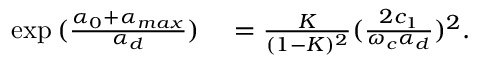
\begin{array} { r l } { \exp { ( \frac { \alpha _ { 0 } + \alpha _ { m a x } } { \alpha _ { d } } ) } } & { { } = \frac { K } { ( 1 - K ) ^ { 2 } } ( \frac { 2 c _ { 1 } } { \omega _ { c } \alpha _ { d } } ) ^ { 2 } . } \end{array}